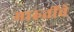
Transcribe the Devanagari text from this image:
मारुतींचे